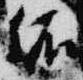
依